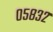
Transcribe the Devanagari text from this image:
०५८३२